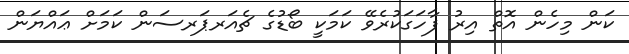
ކަން މިހެން އޮތް އިރު ފާހަގަކުރެވޭ ކަމަކީ ބޯޑުގެ ޗެއަރޕަރސަން ކަމަށް ޢައްޔަން